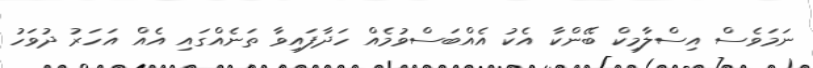
ނަމަވެސް އިސްލާމިކް ބޭންކާ އެކު އެއްބަސްވުމެއް ހަދާފައިވާ ތަނެއްގައި އެއް އަހަރު ދުވަހު